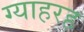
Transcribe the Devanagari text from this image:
ग्याहरह